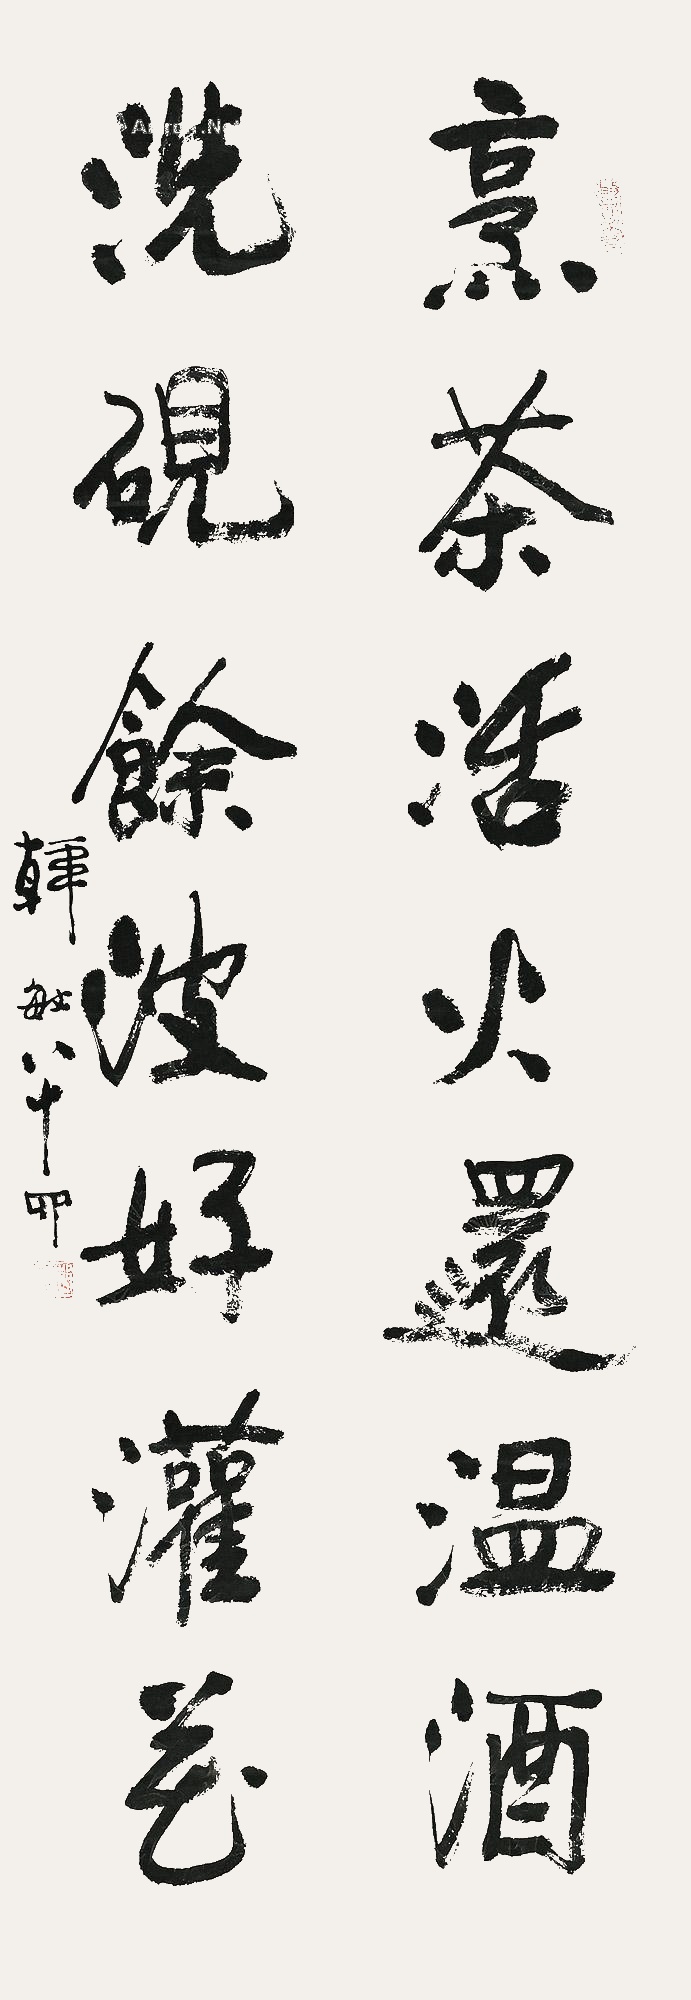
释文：烹茶活火还温酒，洗砚余波好灌花。韩敏八十四。